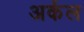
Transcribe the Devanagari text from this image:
अर्कल